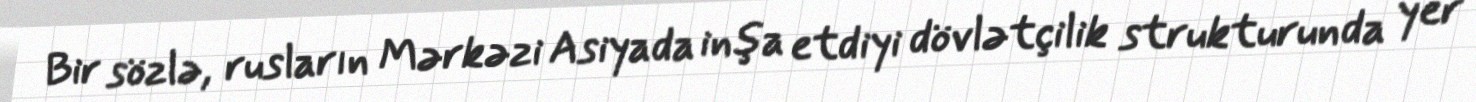
Bir sözlə, rusların Mərkəzi Asiyada inşa etdiyi dövlətçilik strukturunda yer